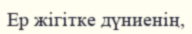
Ер жігітке дүниенің,